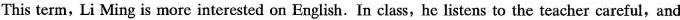
This term, Li Ming is more interested on English.In class,he listens to the teacher careful,and